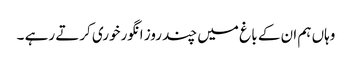
وہاں ہم ان کے با غ میں چند روز انگورخوری کرتے رہے ۔